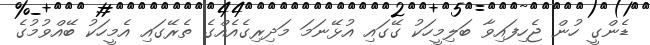
ޑެންގީ ހުން ޖެހިފައިވާ ބަލިމީހަކު ގޭގައި އުޅޭނަމަ މަދިރިގެއެއްގެ ތެރޭގައި އެމީހަކު ބޭއްވުމުގެ